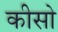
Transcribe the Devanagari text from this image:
कीसो